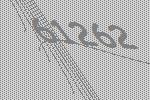
61262